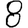
Digit: 8